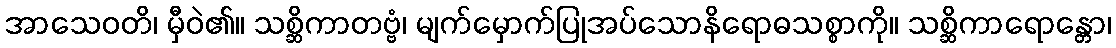
အာသေဝတိ၊ မှီဝဲ၏။ သစ္ဆိကာတဗ္ဗံ၊ မျက်မှောက်ပြုအပ်သောနိရောဓသစ္စာကို။ သစ္ဆိကာရောန္တော၊